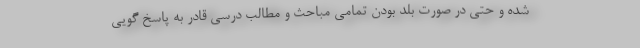
شده و حتی در صورت بلد بودن تمامی مباحث و مطالب درسی قادر به پاسخ گویی